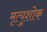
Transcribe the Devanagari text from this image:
मृत्युशोक